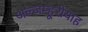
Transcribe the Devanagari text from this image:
अल्जम्हूरीयाह